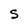
Character: S